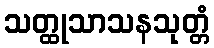
သတ္ထုသာသနသုတ္တံ